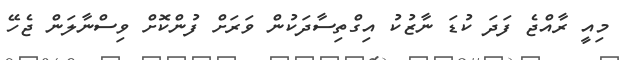
މިއީ ރާއްޖެ ފަދަ ކުޑަ ނާޒުކު އިގްތިސާދަކުން ވަރަށް ފުންކޮށް ވިސްނާލަން ޖެހޭ